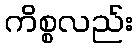
ကိစ္စလည်း